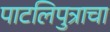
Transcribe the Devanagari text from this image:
पाटलिपुत्राचा